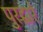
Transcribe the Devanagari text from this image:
पुरद्वारे